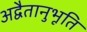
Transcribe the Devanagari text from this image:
अद्वैतानुभूति